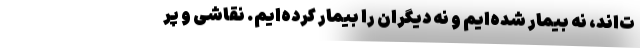
ت‌اند، نه بیمار شده‌ایم و نه دیگران را بیمار کرده‌ایم. نقاشی و پر